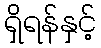
ရှိရန်နှင့်